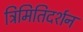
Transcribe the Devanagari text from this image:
त्रिमितिदर्शन